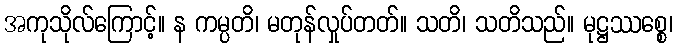
အကုသိုလ်ကြောင့်။ န ကမ္ပတိ၊ မတုန်လှုပ်တတ်။ သတိ၊ သတိသည်။ မုဋ္ဌဿစ္စေ၊